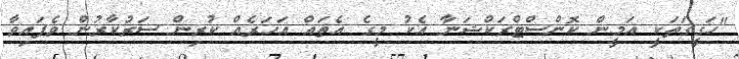
"ހަގީގަތަކީ އަމީން ކޮންސްޓްރަކްޝަނާ އެކު މީގެ އެތައް އަހަރެއް ކުރިން ސަރުކާރުން ވެފައިވާ